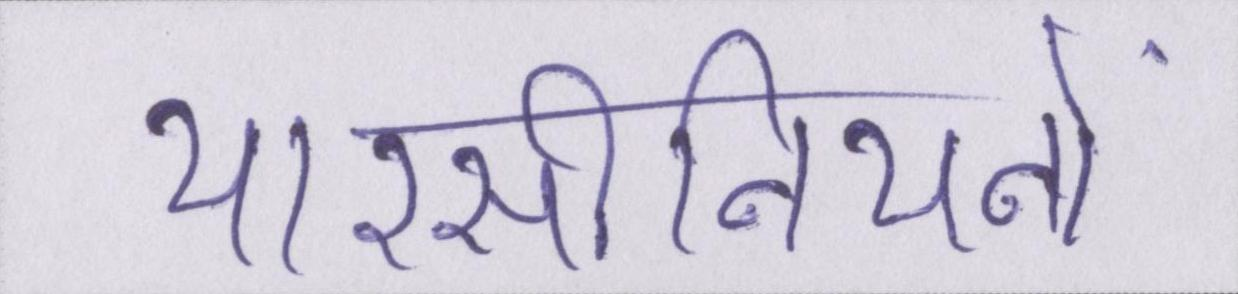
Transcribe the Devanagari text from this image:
यारसीनियनों